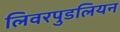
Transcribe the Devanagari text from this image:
लिवरपुडलियन